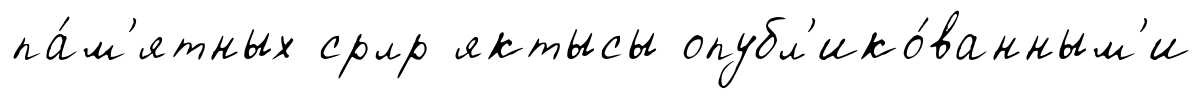
па́м'ятных срлр яктысы опубл'ико́ванным'и